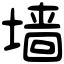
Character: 墙